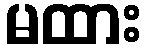
မထား